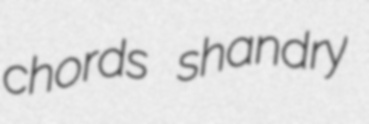
chords shandry